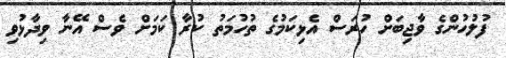
ފުލުހުންގެ ވާޖިބަށް ހުރަސް އެޅިކަމުގެ ތުހުމަތު ކުރާ ކަމަށް ވެސް އޭނާ ވިދާޅުވި